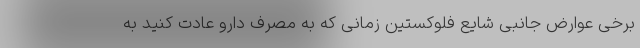
برخی عوارض جانبی شایع فلوکستین زمانی که به مصرف دارو عادت کنید به